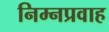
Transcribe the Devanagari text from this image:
निम्नप्रवाह